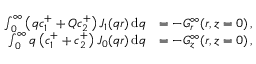
\begin{array} { r l } { \int _ { 0 } ^ { \infty } \left( q c _ { 1 } ^ { + } + Q c _ { 2 } ^ { + } \right) J _ { 1 } ( q r ) \, \mathrm { d } q } & { = - G _ { r } ^ { \infty } ( r , z = 0 ) \, , } \\ { \int _ { 0 } ^ { \infty } q \left( c _ { 1 } ^ { + } + c _ { 2 } ^ { + } \right) J _ { 0 } ( q r ) \, \mathrm { d } q } & { = - G _ { z } ^ { \infty } ( r , z = 0 ) \, , } \end{array}